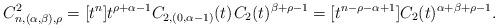
LaTeX: \begin{align*}C^2_{n,(\alpha,\beta),\rho} = [t^n] t^{\rho + \alpha - 1} C_{2,(0,\alpha-1)}(t) \kern+1pt C_2(t)^{\beta + \rho - 1} = [t^{n-\rho-\alpha+1}]C_2(t)^{\alpha+\beta+\rho-1}.\end{align*}